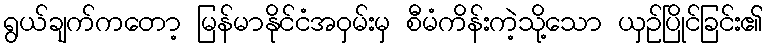
ရွယ်ချက်ကတော့ မြန်မာနိုင်ငံအဝှမ်းမှ စီမံကိန်းကဲ့သို့သော ယှဉ်ပြိုင်ခြင်း၏